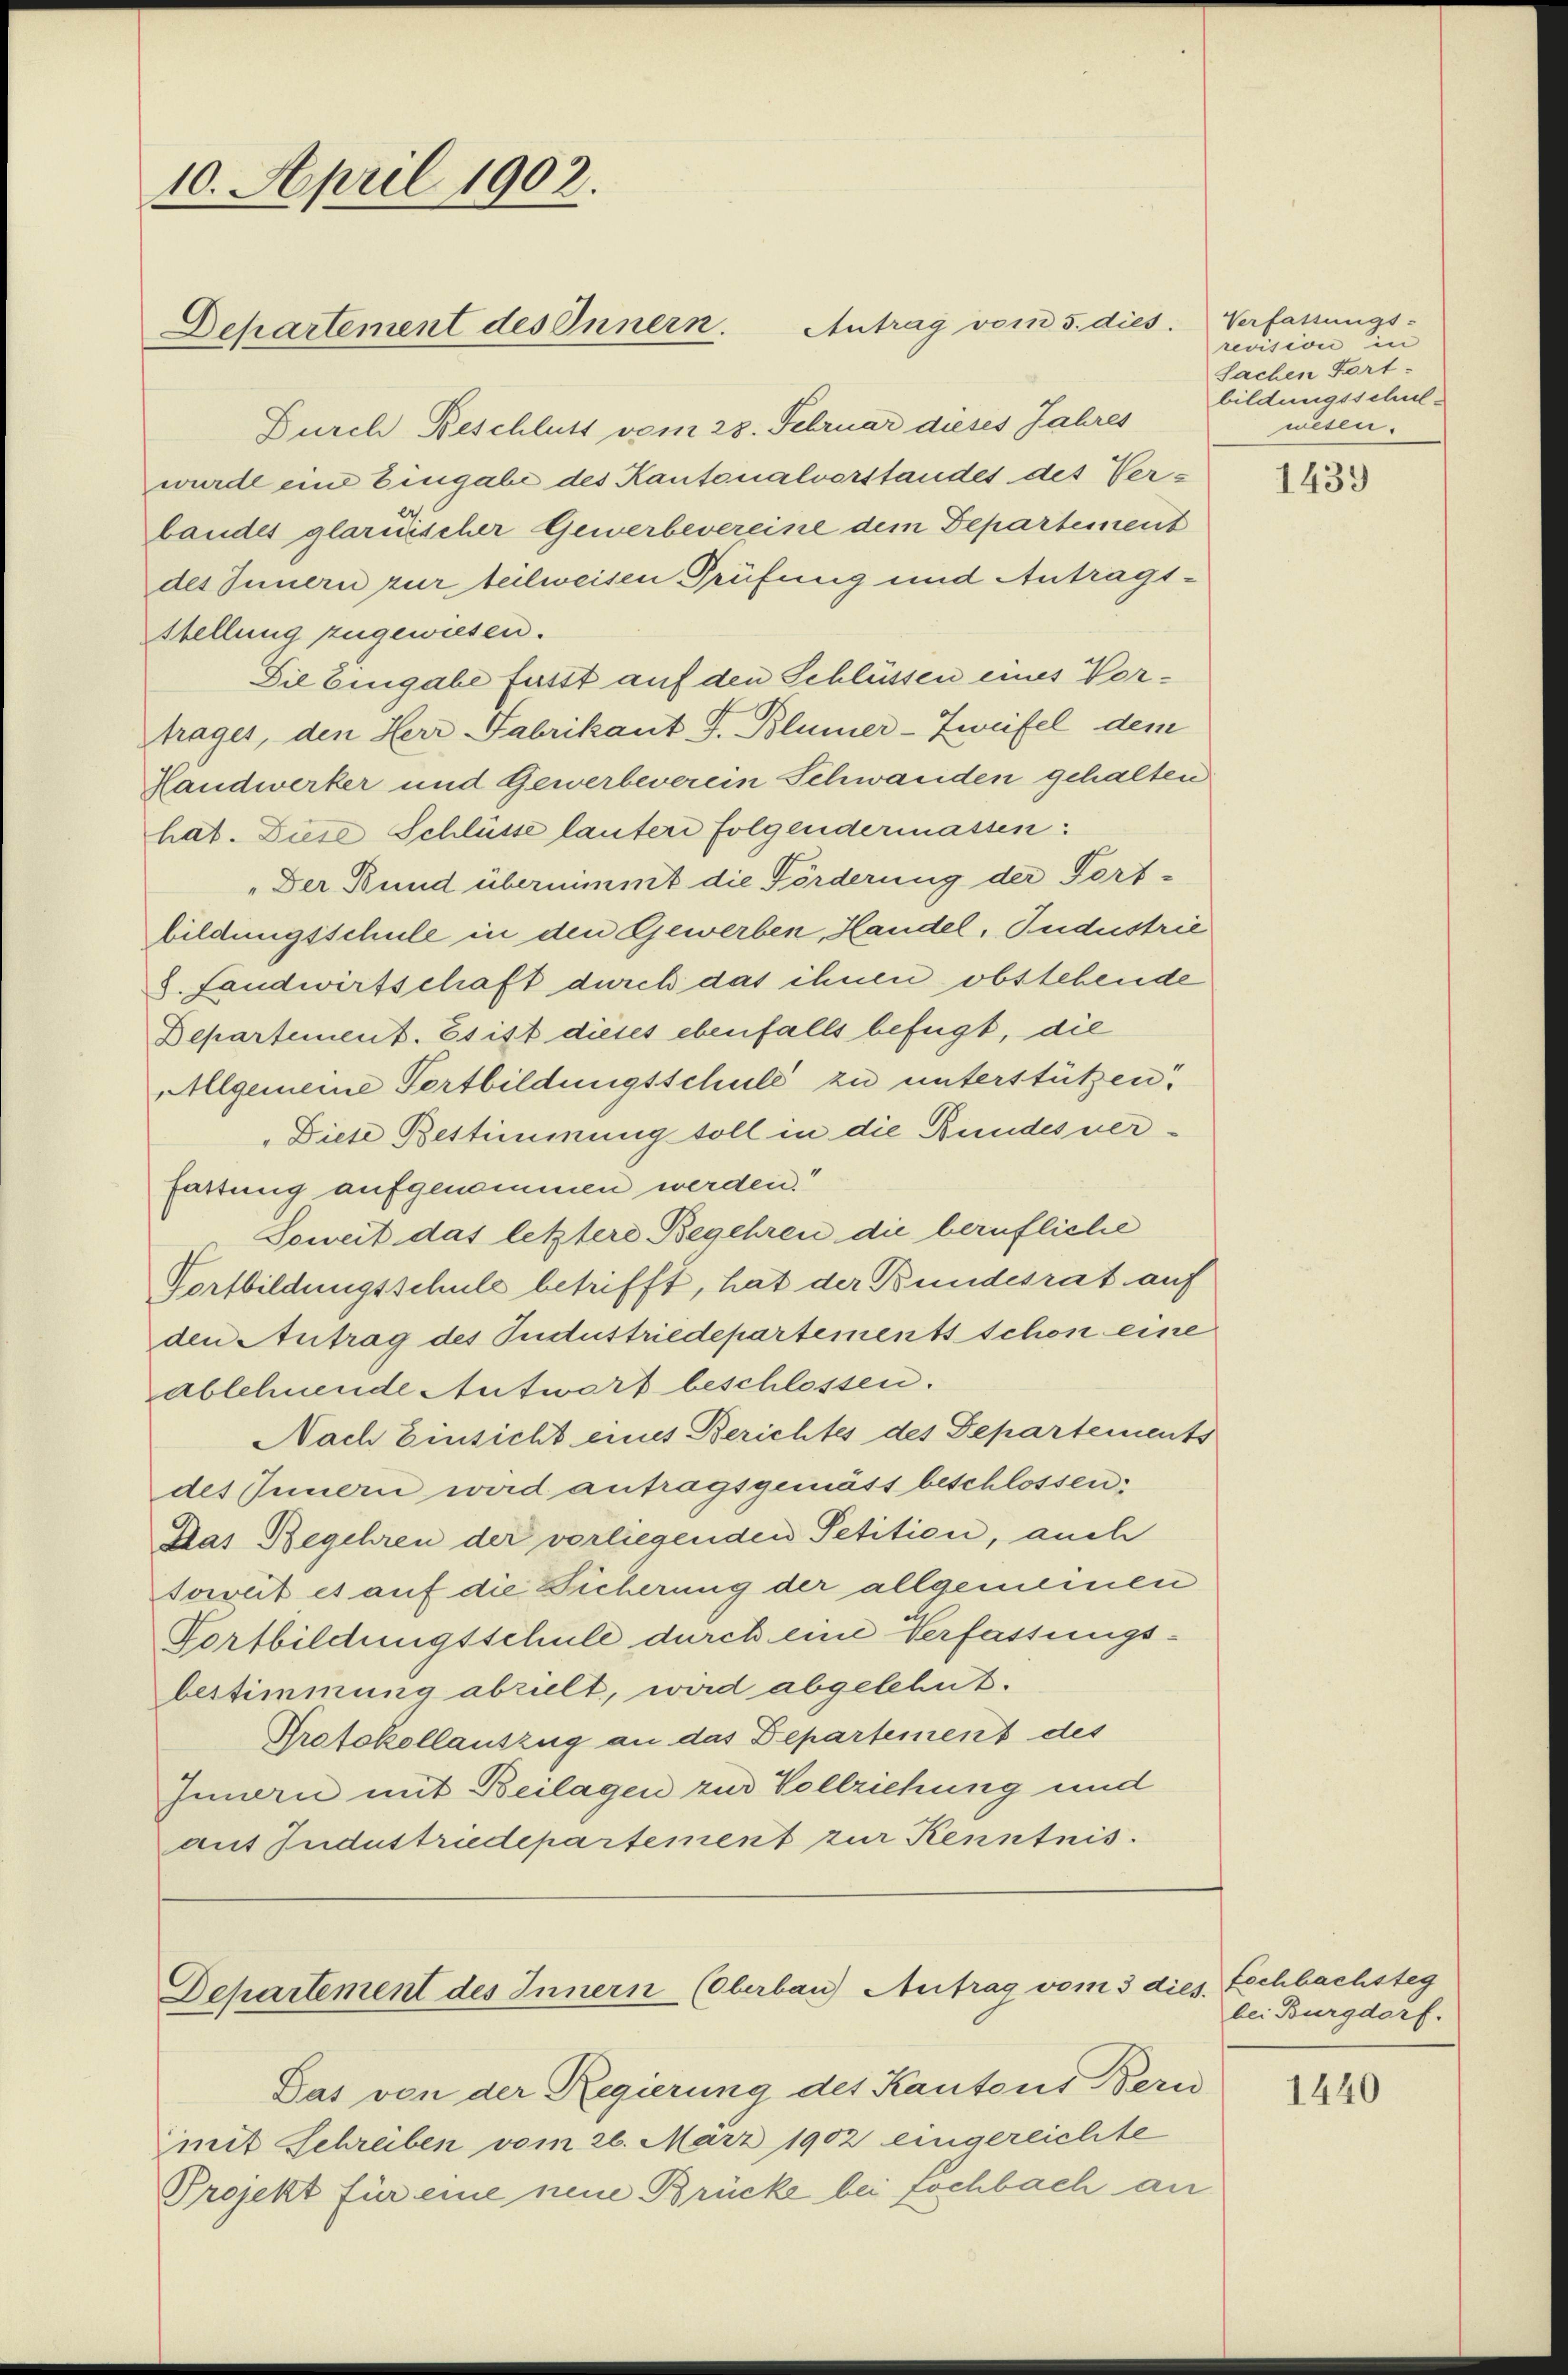
10. April 1902.
Departement des Innern.

Durch Beschluss vom 28. Februar dieses Jahres
wurde eine Eingabe des Kantonalvorstandes des Verbaudes glarnischer Gewerbevereine dem Departement
des Innern zur teilweisen Prüfung und Antrags¬
Stellung zugewiesen.
Die Eingabe fasst auf den Schlüssen eines Vortrages, den Herr Fabrikant J. Blümer-Zweifel dem
Handwerker und Gewerbeverein Schwanden gehalten
hat. Diese Schlüsse lauter folgendermassen:
„Der Bund übernimmt die Förderung der Fort-
bildungsschule in den Gewerben, Handel, Industrie
8. Landwirtschaft durch das ihnen obstehende
Departement. Es ist dieses ebenfalls befügt, die
AAllgemeine Fortbildungsschuld zu unterstützen.
Diese Bestimmung soll in die Bundesverfassung aufgenommen werden!
Soweit das letztere Begehren die berufliche
Fortbildungsschule betrifft, hat der Bundesrat auf
den Antrag des Pudustriedepartements schon eine
ablehnende Antwort beschlossen.
Nach Einsicht eines Berichtes des Departements
des Innern wird antragsgemäss beschlossen:
Das Begehren der vorliegenden Petition, auch
soweit es auf die Dicherung der allgemeinen
Fortbildungsschule durch eine Verfassungsbestimmung abzielt, wird abgelehnt.
Protokollauszug an das Departement des
Innern mit Beilagen zur Vollziehung und
aus Jndustriedepartement zur Kenntnis

Antrag vom 5. dies. Verfassungs-

Dehartement des Innern (Oberbau) Antrag vom 3 dies. Eschbachsteg

Das von der Regierung des Kantons Bern
Emit Schreiben vom 26. März 1902 eingereichte
Projekt für eine neue Brücke bei fochbach an

revision in
Sachen Fort
bildungsschulwesen.

1439

bei Burgdorf.

1440